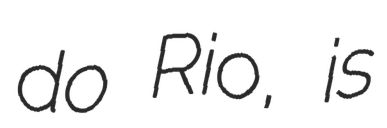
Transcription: do Rio, is